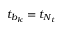
t _ { b _ { k } } = t _ { N _ { t } }